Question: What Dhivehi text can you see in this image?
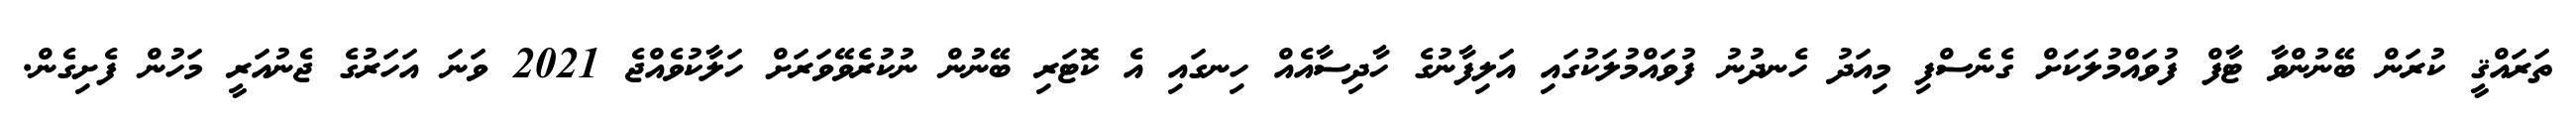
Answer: ތަރައްޤީ ކުރަން ބޭނުންވާ ޓާފް ފުވައްމުލަކަށް ގެނެސްފި މިއަދު ހެނދުނު ފުވައްމުލަކުގައި އަލިފާނުގެ ހާދިސާއެއް ހިނގައި އެ ކޮޓަރި ބޭނުން ނުކުރެވޭވަރަށް ހަލާކުވެއްޖެ 2021 ވަނަ އަހަރުގެ ޖެނުއަރީ މަހުން ފެށިގެން.